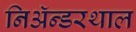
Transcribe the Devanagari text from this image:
निअॅन्डरथाल